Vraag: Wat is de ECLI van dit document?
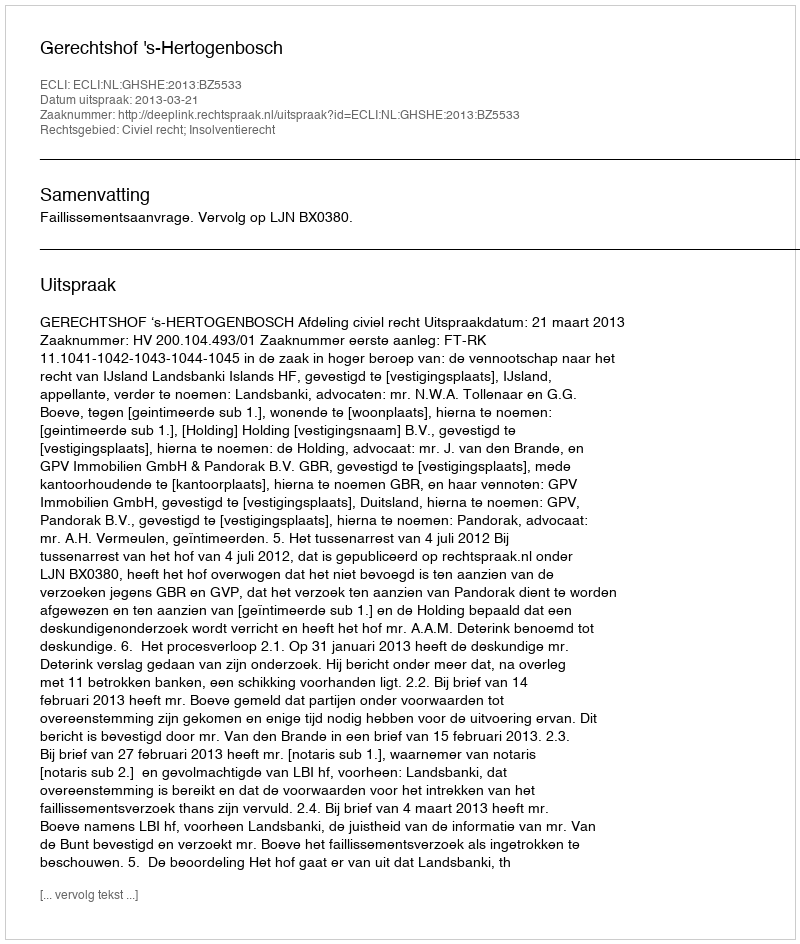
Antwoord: ECLI:NL:GHSHE:2013:BZ5533